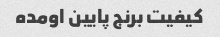
کیفیت برنج پایین اومده